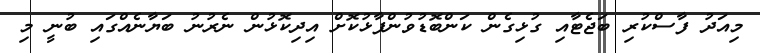
މިއަދު ފާސްކުރި ބަޖެޓާއި ގުޅިގެން ކަންބޮޑުވުންފާޅުކޮށް އިދިކޮޅުން ނެރުނު ބަޔާނެއްގައި ބުނީ މި